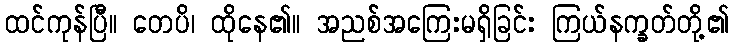
ထင်ကုန်ပြီ။ တေပိ၊ ထိုနေ၏။ အညစ်အကြေးမရှိခြင်း ကြယ်နက္ခတ်တို့၏